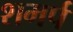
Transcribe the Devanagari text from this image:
शमर्प